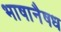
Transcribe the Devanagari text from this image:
भाषानैषध